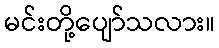
မင်းတို့ပျော်သလား။